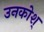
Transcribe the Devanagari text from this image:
उनकोश्